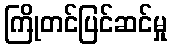
ကြိုတင်ပြင်ဆင်မှု